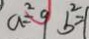
a ^ { 2 } = 9 b ^ { 2 } = 1